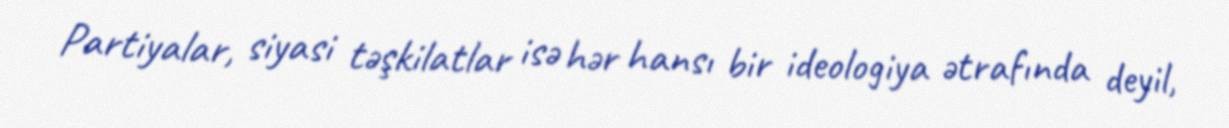
Partiyalar, siyasi təşkilatlar isə hər hansı bir ideologiya ətrafında deyil,